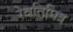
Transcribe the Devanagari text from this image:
रेवतिमित्र